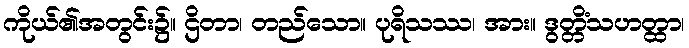
ကိုယ်၏အတွင်း၌။ ဌိတာ၊ တည်သော။ ပုရိသဿ၊ အား။ ဒွတ္တိံသဟတ္ထာ၊